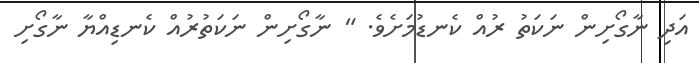
އަދި ނާގޯށިން ނަކަތު ރުއް ކެނޑުމަށެވެ. " ނާގޯށިން ނަކަތުރުއް ކެނޑިއްޔާ ނާގޯށި